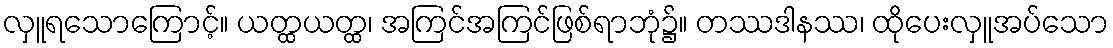
လှူရသောကြောင့်။ ယတ္ထယတ္ထ၊ အကြင်အကြင်ဖြစ်ရာဘုံ၌။ တဿဒါနဿ၊ ထိုပေးလှူအပ်သော